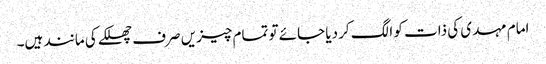
امام مہدی کی ذات کو الگ کر دیا جائے تو تمام چیزیں صرف چھلکے کی مانند ہیں۔